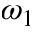
\omega _ { 1 }